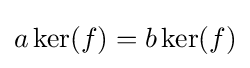
a\ker(f)=b\ker(f)